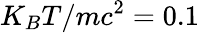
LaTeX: K_{B}T/mc^{2}=0.1